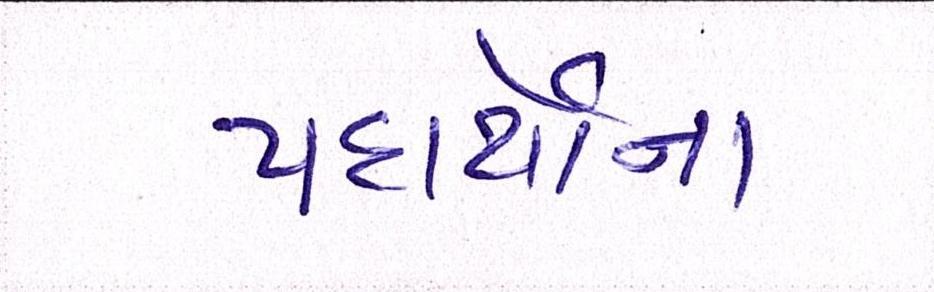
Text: પદાર્થોના